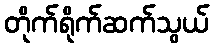
တိုက်ရိုက်ဆက်သွယ်